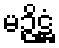
မဉ္ဇိဋ္ဌံ